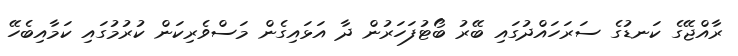
ރާއްޖޭގެ ކަނޑުގެ ސަރަހައްދުގައި ބޭރު ބޯޓުފަހަރުން ދާ އަޅައިގެން މަސްވެރިކަން ކުރުމުގައި ކަމާއިބެހޭ